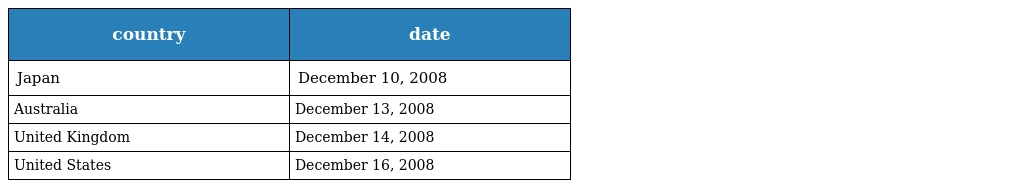
| country | date |
 | --- | --- |
 | Japan | December 10, 2008 |
 | Australia | December 13, 2008 |
 | United Kingdom | December 14, 2008 |
 | United States | December 16, 2008 |